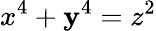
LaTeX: x^{4}+\mathbf{y}^{4}=z^{2}